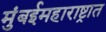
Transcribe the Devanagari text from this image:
मुंबईमहाराष्ट्रात